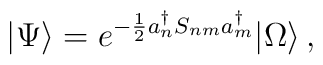
| \Psi \rangle =e^{-\frac{1}{2}a^{\dagger}_nS_{nm}a^{\dagger}_m}| \Omega \rangle\, ,